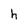
Character: h